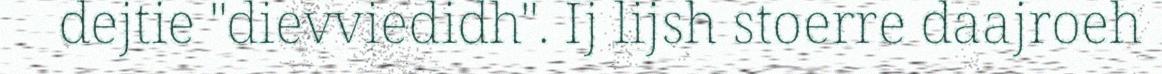
dejtie "dievviedidh". Ij lijsh stoerre daajroeh